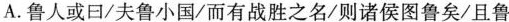
A．鲁人或曰/夫鲁小国/而有战胜之名/则诸侯图鲁矣/且鲁